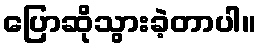
ပြောဆိုသွားခဲ့တာပါ။